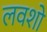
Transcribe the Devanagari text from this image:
लवशो